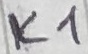
Text: K1